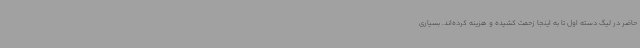
حاضر در لیگ دسته اول تا به اینجا زحمت کشیده و هزینه کرده‌اند. بسیاری